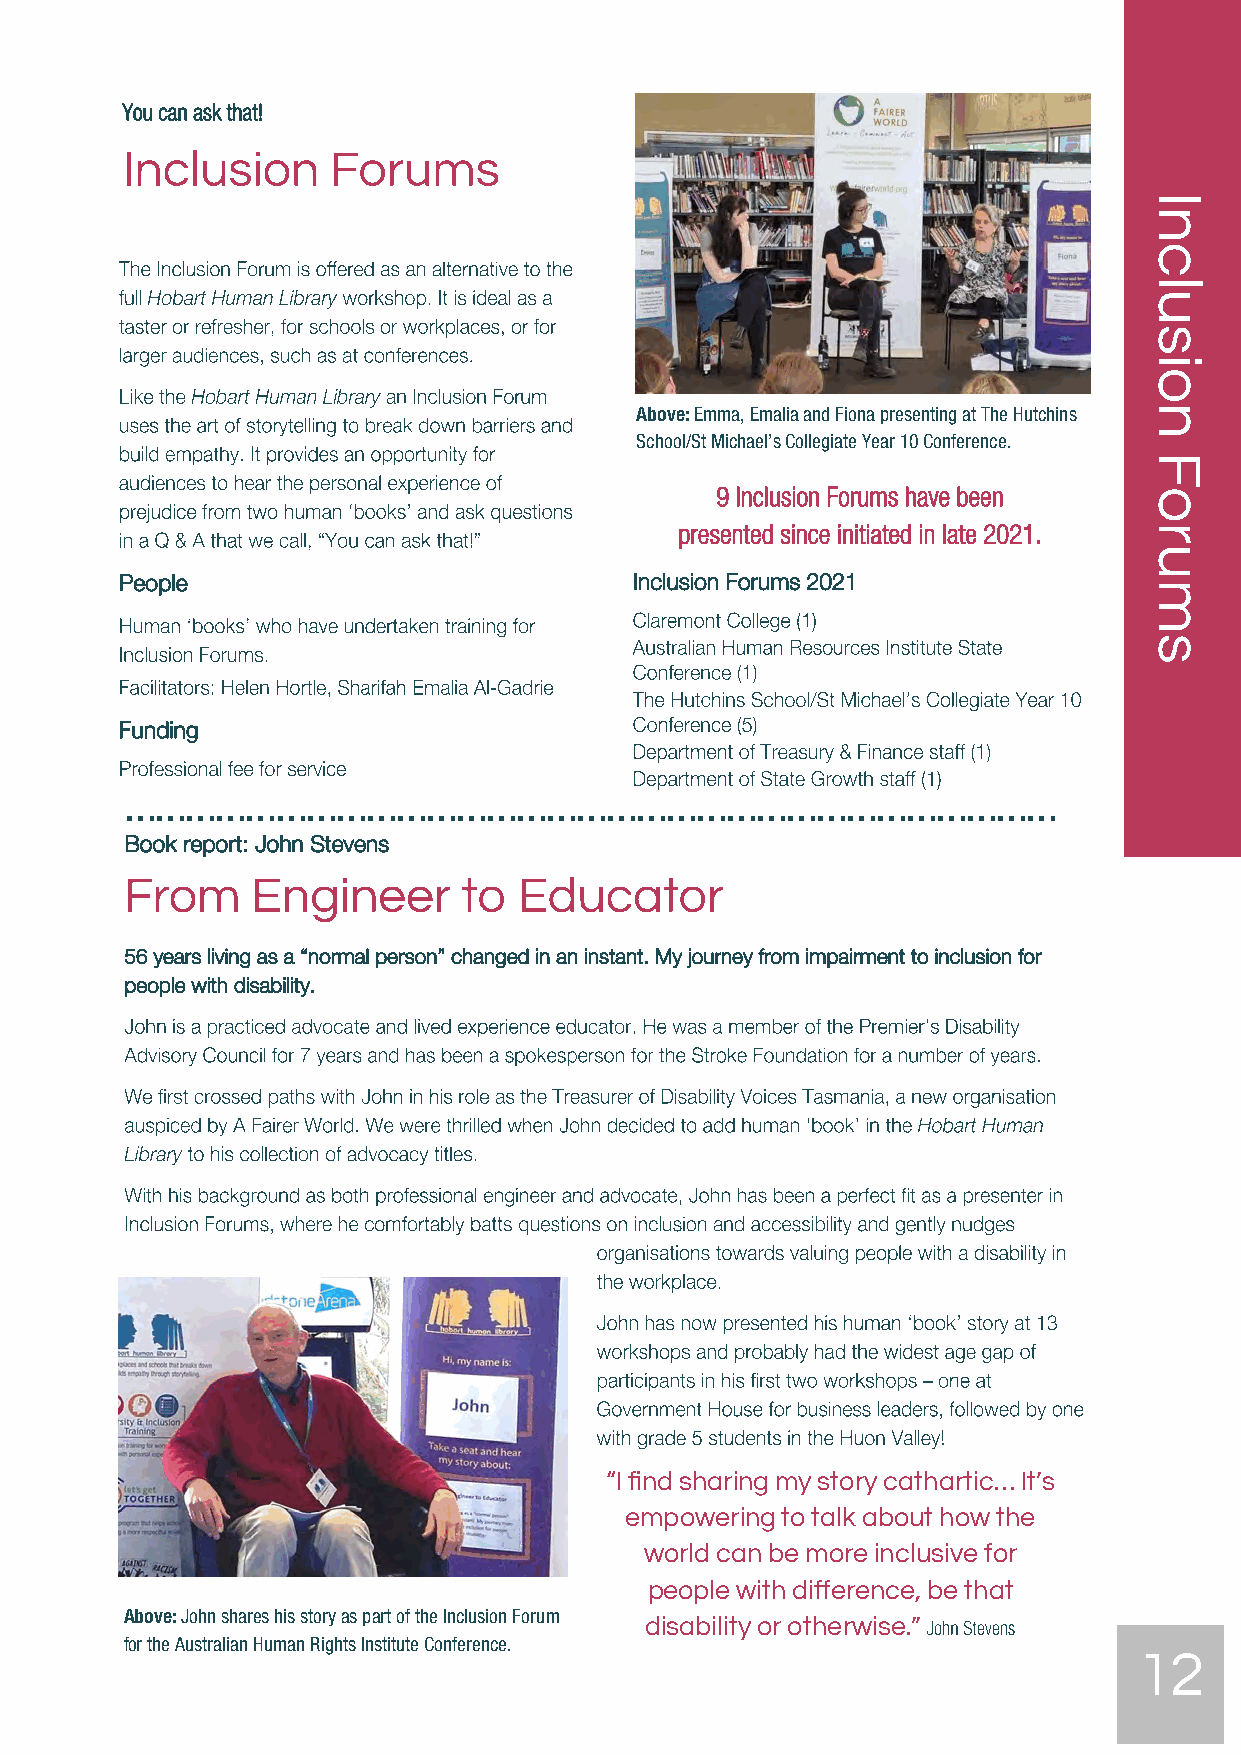
You can ask that!
 Inclusion     Forums
 Above: Emma, Emalia and Fiona presenting at The Hutchins
 School/St Michael’s Collegiate Year 10 Conference.
 9 Inclusion Forums have been
 presented since initiated in late 2021.
 People                            Inclusion Forums 2021
 Funding
 …………………………………………………………………………………
 Book report: John Stevens
 From     Engineer      to Educator
 56 years living as a “normal person” changed in an instant. My journey from impairment to inclusion for
 people with disability.
 “I find sharing my story cathartic… It’s
 empowering to talk about how the
 world can be more inclusive for
 people with difference, be that
 Above: John shares his story as part of the Inclusion Forum disability or otherwise.”
 for the Australian Human Rights Institute Conference.
 12
 Inclusion
 Forums